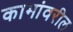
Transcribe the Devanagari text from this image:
कामांवरील